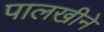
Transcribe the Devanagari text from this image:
पालखीने